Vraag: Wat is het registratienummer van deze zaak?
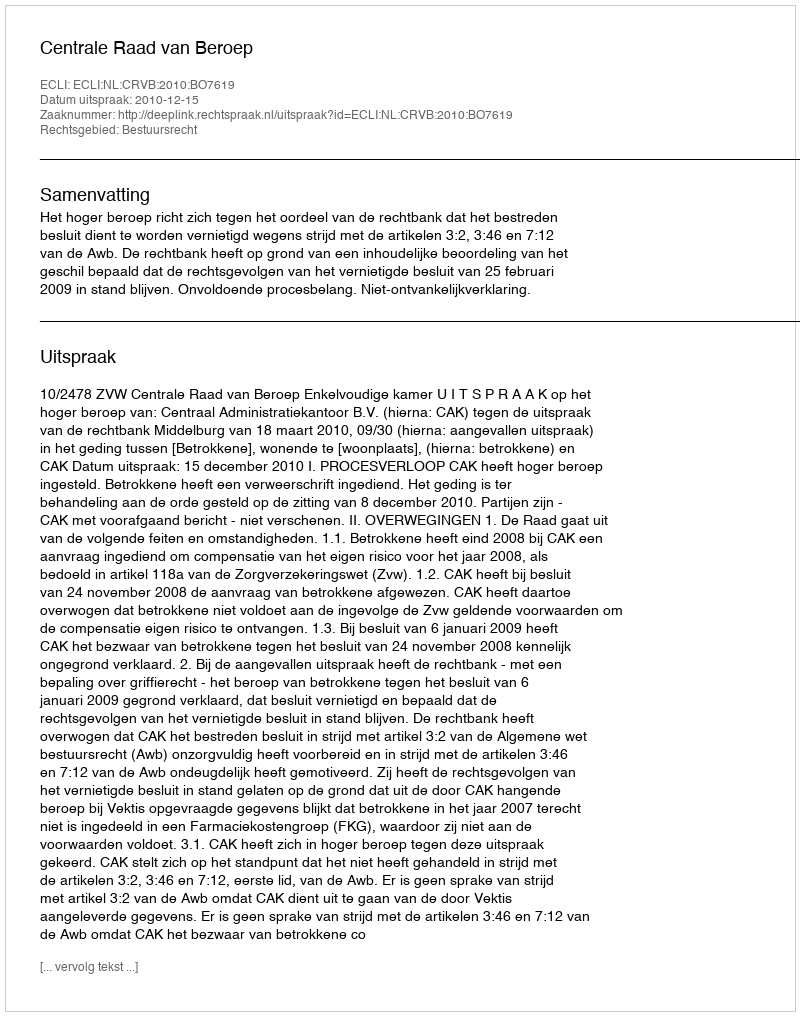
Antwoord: http://deeplink.rechtspraak.nl/uitspraak?id=ECLI:NL:CRVB:2010:BO7619